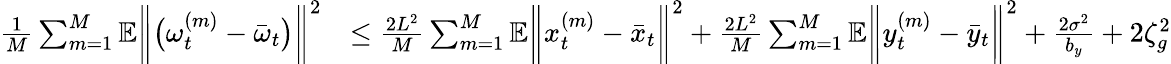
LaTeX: \begin{array}{rl}{\frac{1}{M}\sum_{m=1}^{M}\mathbb{E}\bigg\| \big(\omega_{t}^{(m)}-\bar{\omega}_{t}\big)\bigg\| ^{2}}&{\leq\frac{2L^{2}}{M}\sum_{m=1}^{M}\mathbb{E}\bigg\| x_{t}^{(m)}-\bar{x}_{t}\bigg\| ^{2}+\frac{2L^{2}}{M}\sum_{m=1}^{M}\mathbb{E}\bigg\| y_{t}^{(m)}-\bar{y}_{t}\bigg\| ^{2}+\frac{2\sigma^{2}}{b_{y}}+2\zeta_{g}^{2}}\end{array}